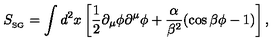
S _ { _ { \mathrm { S G } } } = \int d ^ { 2 } x \left[ \frac { 1 } { 2 } \partial _ { \mu } \phi \partial ^ { \mu } \phi + \frac { \alpha } { \beta ^ { 2 } } ( \cos \beta \phi - 1 ) \right] ,